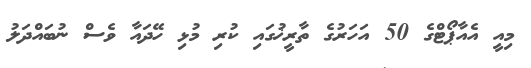
މިއީ އެއާޕޯޓްގެ 50 އަހަރުގެ ތާރީޚުގައި ކުރި މުޅި ހޭދައާ ވެސް ނުބައްދަލު